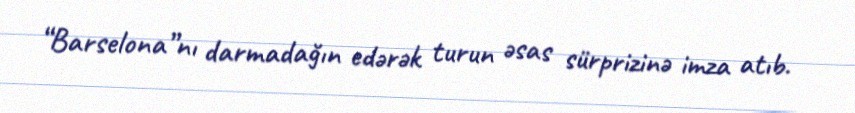
“Barselona”nı darmadağın edərək turun əsas sürprizinə imza atıb.